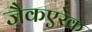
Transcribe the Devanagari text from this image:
जैकएरेक